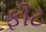
ફીટ